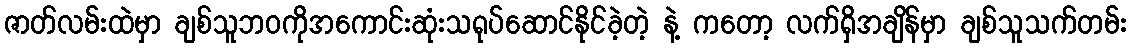
ဇာတ်လမ်းထဲမှာ ချစ်သူဘဝကိုအကောင်းဆုံးသရုပ်ဆောင်နိုင်ခဲ့တဲ့ နဲ့ ကတော့ လက်ရှိအချိန်မှာ ချစ်သူသက်တမ်း